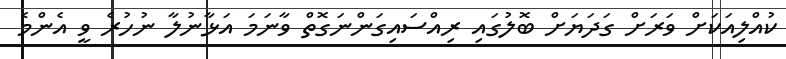
ކުއްލިއަކަށް ވަރަށް ގަދަޔަށް ބޮލުގައި ރިއްސައިގަންނަގޮތް ވާނަމަ އަޅާނުލާ ނުހުރެ ވީ އެންމެ